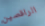
الراقصين